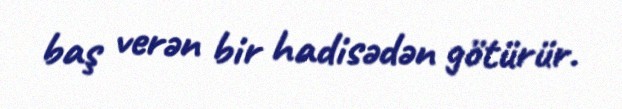
baş verən bir hadisədən götürür.